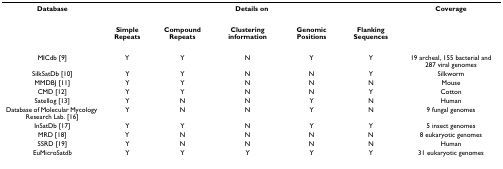
| Database | <COLSPAN=5> Details on | Coverage |
 |  | Simple Repeats | Compound Repeats | Clustering information | Genomic Positions | Flanking Sequences |  |
 | --- | --- | --- | --- | --- | --- | --- |
 | MICdb [9] | Y | Y | N | Y | Y | 19 archeal, 155 bacterial and 287 viral genomes |
 | SilkSatDb [10] | Y | Y | N | N | Y | Silkworm |
 | MMDBJ [11] | Y | Y | N | N | N | Mouse |
 | CMD [12] | Y | Y | N | N | Y | Cotton |
 | Satellog [13] | Y | N | N | Y | N | Human |
 | Database of Molecular Mycology Research Lab. [16] | Y | N | N | Y | N | 9 fungal genomes |
 | InSatDb [17] | Y | Y | N | Y | Y | 5 insect genomes |
 | MRD [18] | Y | N | N | N | N | 8 eukaryotic genomes |
 | SSRD [19] | Y | N | N | N | N | Human |
 | EuMicroSatdb | Y | Y | Y | Y | Y | 31 eukaryotic genomes |